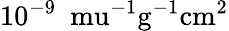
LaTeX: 10^{-9}~\mathrm{\ mu^{-1}g^{-1}cm^{2}}